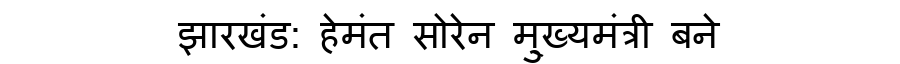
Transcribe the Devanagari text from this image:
झारखंड: हेमंत सोरेन मु्ख्यमंत्री बने